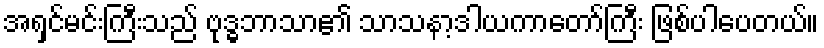
အရှင်မင်းကြီးသည် ဗုဒ္ဓဘာသာ၏ သာသနာ့ဒါယကာတော်ကြီး ဖြစ်ပါပေတယ်။